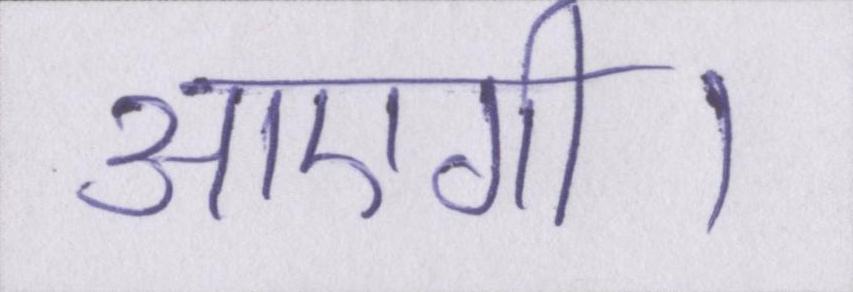
आएगी।